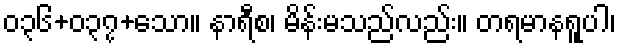
၀၃၆+၀၃၇+သော။ နာရီစ၊ မိန်းမသည်လည်း။ တရမာနရူပါ၊